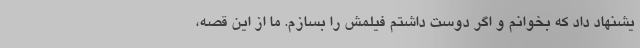
یشنهاد داد که بخوانم و اگر دوست داشتم فیلمش را بسازم. ما از این قصه،